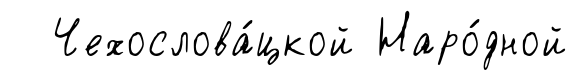
Чехослова́цкой Наро́дной